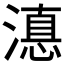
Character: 𭲚